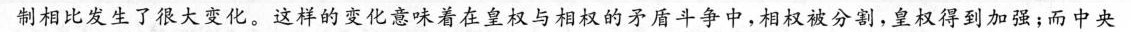
制相比发生了很大变化。这样的变化意味着在皇权与相权的矛盾斗争中，相权被分割，皇权得到加强；而中央